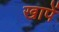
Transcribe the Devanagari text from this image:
खापें